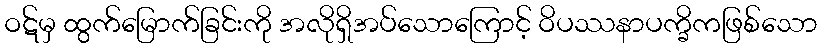
ဝဋ်မှ ထွက်မြောက်ခြင်းကို အလိုရှိအပ်သောကြောင့် ဝိပဿနာပက္ခိကဖြစ်သော